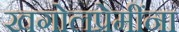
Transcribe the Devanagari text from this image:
खगोलप्रेमींना